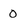
Character: 0